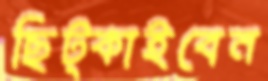
ছিট্‌কাইবেন